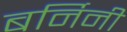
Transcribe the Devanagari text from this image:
बर्निनी